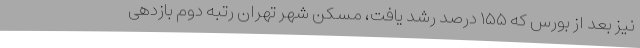
نیز بعد از بورس که ۱۵۵ درصد رشد یافت، مسکن شهر تهران رتبه دوم بازدهی